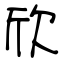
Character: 欣